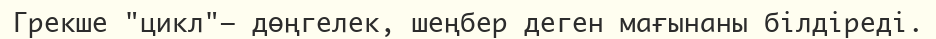
Грекше "цикл"— дөңгелек, шеңбер деген мағынаны білдіреді.